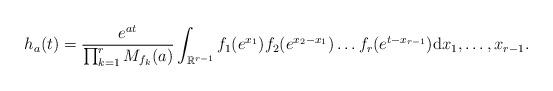
LaTeX: \begin{align*}h_a(t)=\frac{e^{at}}{\prod_{k=1}^rM_{f_k}(a)}\int_{\mathbb{R}^{r-1}}f_1(e^{x_1})f_2(e^{x_2-x_1})\dots f_r(e^{t-x_{r-1}})\mathrm{d}x_1,\dots,x_{r-1}.\end{align*}